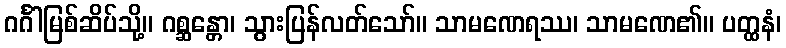
ဂင်္ဂါမြစ်ဆိပ်သို့။ ဂစ္ဆန္တော၊ သွားပြန်လတ်သော်။ သာမဏေရဿ၊ သာမဏေ၏။ ပတ္ထနံ၊